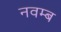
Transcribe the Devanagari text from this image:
नवम्ब